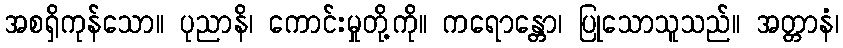
အစရှိကုန်သော။ ပုညာနိ၊ ကောင်းမှုတို့ကို။ ကရောန္တော၊ ပြုသောသူသည်။ အတ္တာနံ၊